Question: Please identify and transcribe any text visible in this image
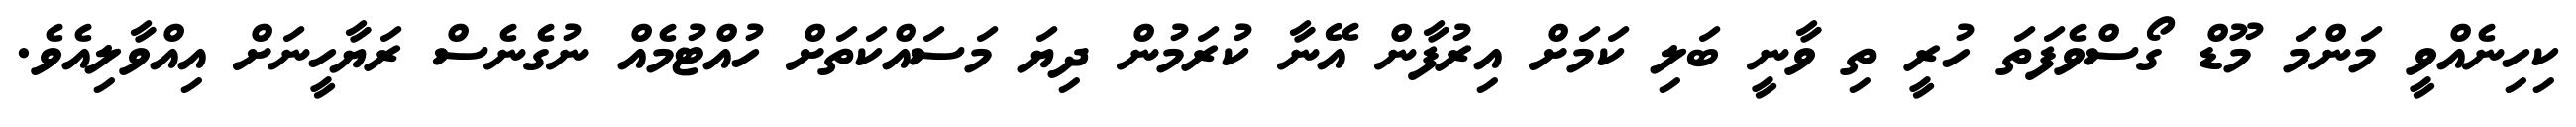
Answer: ކިހިނެއްވީ މަންމަ މޫޑް ގޯސްވެފަތަ ހުރީ ތި ވާނީ ބަލި ކަމަށް އިރުފާން އޭނާ ކުރަމުން ދިޔަ މަސައްކަތަށް ހުއްޓުމެއް ނުގެނެސް ރަޔާހީނަށް އިއްވާލިއެވެ.